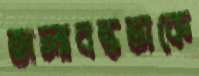
জলাবদ্ধতাকে